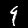
Label: 9